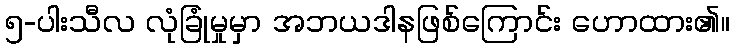
၅-ပါးသီလ လုံခြုံမှုမှာ အဘယဒါနဖြစ်ကြောင်း ဟောထား၏။